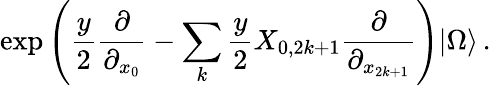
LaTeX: \exp\left(\frac{y}{2}\frac{\partial}{\partial_{x_{0}}}-\sum_{k}\frac{y}{2}X_{0,2k+1}\frac{\partial}{\partial_{x_{2k+1}}}\right)|\Omega\rangle\, .